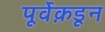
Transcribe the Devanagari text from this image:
पूर्वेक़डून